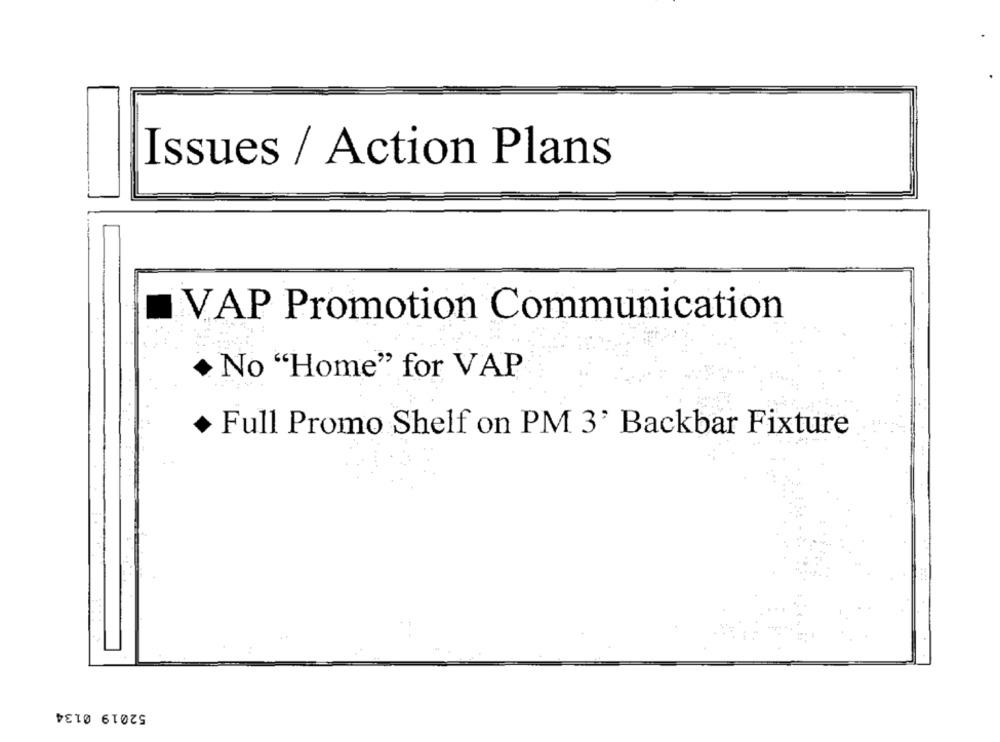
Issues / Action Plans
VAP Promotion Communication
No "Home" for VAP
Full Promo Shelf on PM 3' Backbar Fixture
52019 0134